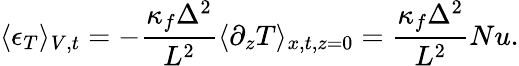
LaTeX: \langle\epsilon_{T}\rangle_{V,t}=-\frac{\kappa_{f}\Delta^{2}}{L^{2}}\langle\partial_{z}T\rangle_{x,t,z=0}=\frac{\kappa_{f}\Delta^{2}}{L^{2}}Nu.